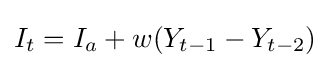
I_{t}=I_{a}+w(Y_{t-1}-Y_{t-2})